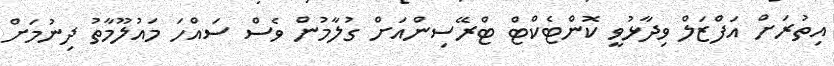
އިތުރަށް އަފްޒަލް ވިދާޅުވީ ކޮންޓެކްޓް ޓްރޭސިންއަށް ގުލާމުން ވެސް ސައްހަ މައުލޫމާތު ދިނުމަށް